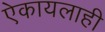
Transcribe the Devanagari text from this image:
ऐकायलाही